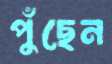
পুঁছেন